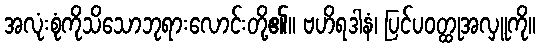
အလုံးစုံကိုသိသောဘုရားလောင်းတို့၏။ ဗဟိရဒါနံ၊ ပြင်ပဝတ္ထုအလှူကို။